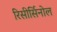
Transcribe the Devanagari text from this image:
रिसीर्सिनोल